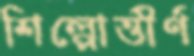
শিল্পোত্তীর্ণ